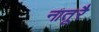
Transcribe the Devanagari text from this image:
नातूरै